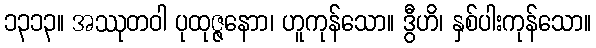
၁၃၁၃။ အဿုတဝါ ပုထုဇ္ဇနောာ၊ ဟူကုန်သော။ ဒွီဟိ၊ နှစ်ပါးကုန်သော။